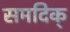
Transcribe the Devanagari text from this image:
समदिक्‌